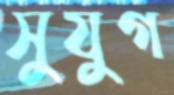
সুযুগ